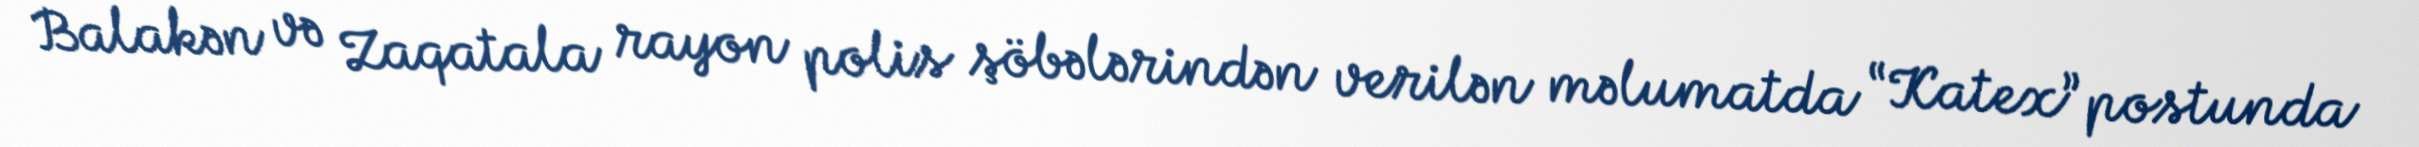
Balakən və Zaqatala rayon polis şöbələrindən verilən məlumatda “Katex” postunda